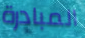
المبادرة